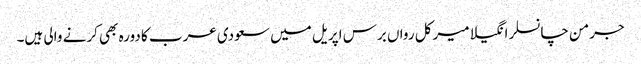
جرمن چانسلر انگیلا میرکل رواں برس اپریل میں سعودی عرب کا دورہ بھی کرنے والی ہیں۔